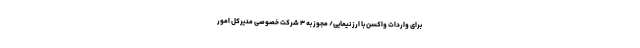
برای واردات واکسن با ارز نیمایی/ مجوز به ۳ شرکت خصوصی مدیرکل امور